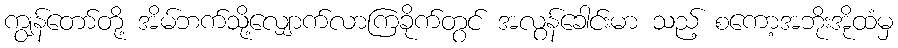
ကျွန်တော်တို့ အိမ်ဘက်သို့လျှောက်လာကြခိုက်တွင် အလွန်ခေါင်းမာ သည့် စကော့အဘိုးအိုထံမှ